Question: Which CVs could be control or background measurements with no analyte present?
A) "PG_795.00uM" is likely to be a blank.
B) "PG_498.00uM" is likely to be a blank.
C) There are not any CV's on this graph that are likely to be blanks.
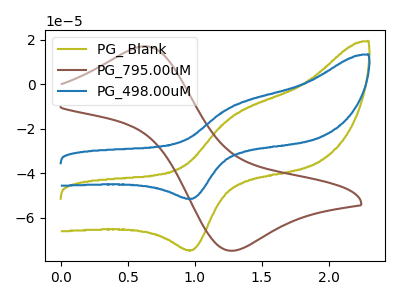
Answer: <think>The olive curve "PG_ Blank" has an anodic peak at (1.25V, -14.80uA) and a cathodic peak at (1.00V, -74.55uA). The brown curve "PG_795.00uM" has an anodic peak at (0.60V, 17.00uA) and a cathodic peak at (1.30V, -74.85uA). The blue curve "PG_498.00uM" has an anodic peak at (1.25V, -10.20uA) and a cathodic peak at (1.00V, -51.50uA).</think>
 <answer>C) There are not any CV's on this graph that are likely to be blanks.</answer>
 <eval>C</eval>